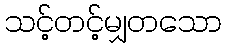
သင့်တင့်မျှတသော